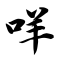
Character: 咩